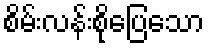
စိမ်းလန်းစိုပြေသော